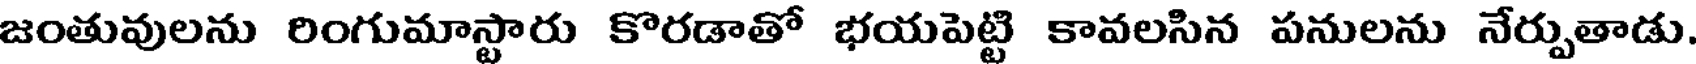
జంతువులను రింగుమాస్టారు కొరడాతో భయపెట్టి కావలసిన పనులను నేర్పుతాడు.